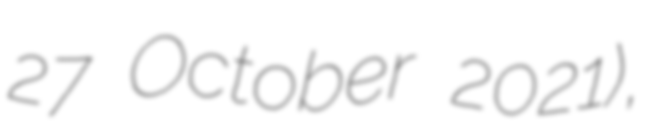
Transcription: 27 October 2021),